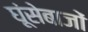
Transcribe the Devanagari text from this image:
घूंसेबाजों